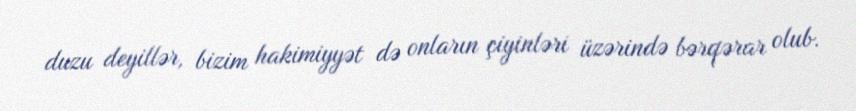
duzu deyillər, bizim hakimiyyət də onların çiyinləri üzərində bərqərar olub.